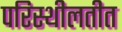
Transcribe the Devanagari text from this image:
परिस्थीलतीत